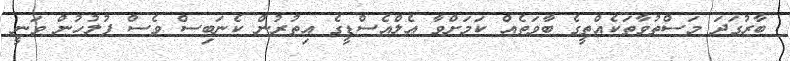
ބާރުގަދަ މަސްތުވާތަކެއްތީގެ ބާވަތެއް ކަމަށްވާ އެލްއެސްޑީގެ އިތުރުން ކެނަބިސް ވެސް ފުލުހުން ވަނީ